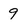
Character: 9